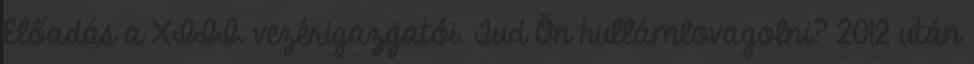
Előadás a XIII. vezérigazgatói. Tud Ön hullámlovagolni? 2012 után